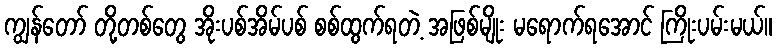
ကျွန်တော် တို့တစ်တွေ အိုးပစ်အိမ်ပစ် စစ်ထွက်ရတဲ့ အဖြစ်မျိုး မရောက်ရအောင် ကြိုးပမ်းမယ်။